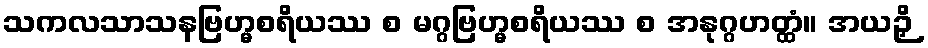
သကလသာသနဗြဟ္မစရိယဿ စ မဂ္ဂဗြဟ္မစရိယဿ စ အနုဂ္ဂဟတ္ထံ။ အယဉှိ